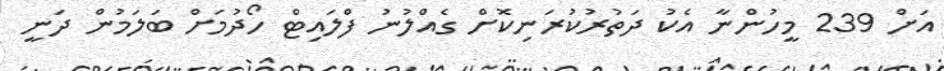
އަށް 239 މީހުންނާ އެކު ދަތުރުކުރަނިކޮށް ގެއްލުނު ފްލައިޓް ހޯދުމަށް ބަލަމުން ދަނީ